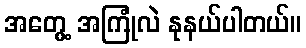
အတွေ့ အကြုံလဲ နုနယ်ပါတယ်။